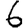
Digit: 6